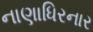
નાણાધિરનાર